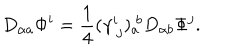
LaTeX: D _ { \alpha a } \Phi ^ { i } = { \frac { 1 } { 4 } } ( \gamma _ { \ j } ^ { i } ) _ { a } ^ { \ b } D _ { \alpha b } \Phi ^ { j } .